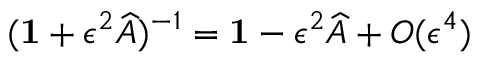
( \mathbf { 1 } + \epsilon ^ { 2 } \widehat { A } ) ^ { - 1 } = \mathbf { 1 } - \epsilon ^ { 2 } \widehat { A } + O ( \epsilon ^ { 4 } )